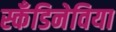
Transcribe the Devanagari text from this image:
स्कँडिनेविया